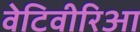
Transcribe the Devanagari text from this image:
वेटिवीरिआ